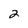
Character: 2